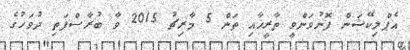
އެޕްލިކޭޝަން ފޮނުވަންވީ ތާރީޚާއި ތަން 5 މާރިޗު 2015 ވާ ބުރާސްފަތި ދުވަހުގެ